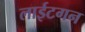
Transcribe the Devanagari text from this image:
लाईटगन